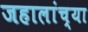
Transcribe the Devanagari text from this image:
जहालांच्या